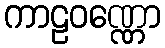
ကာဠဝဏ္ဏော